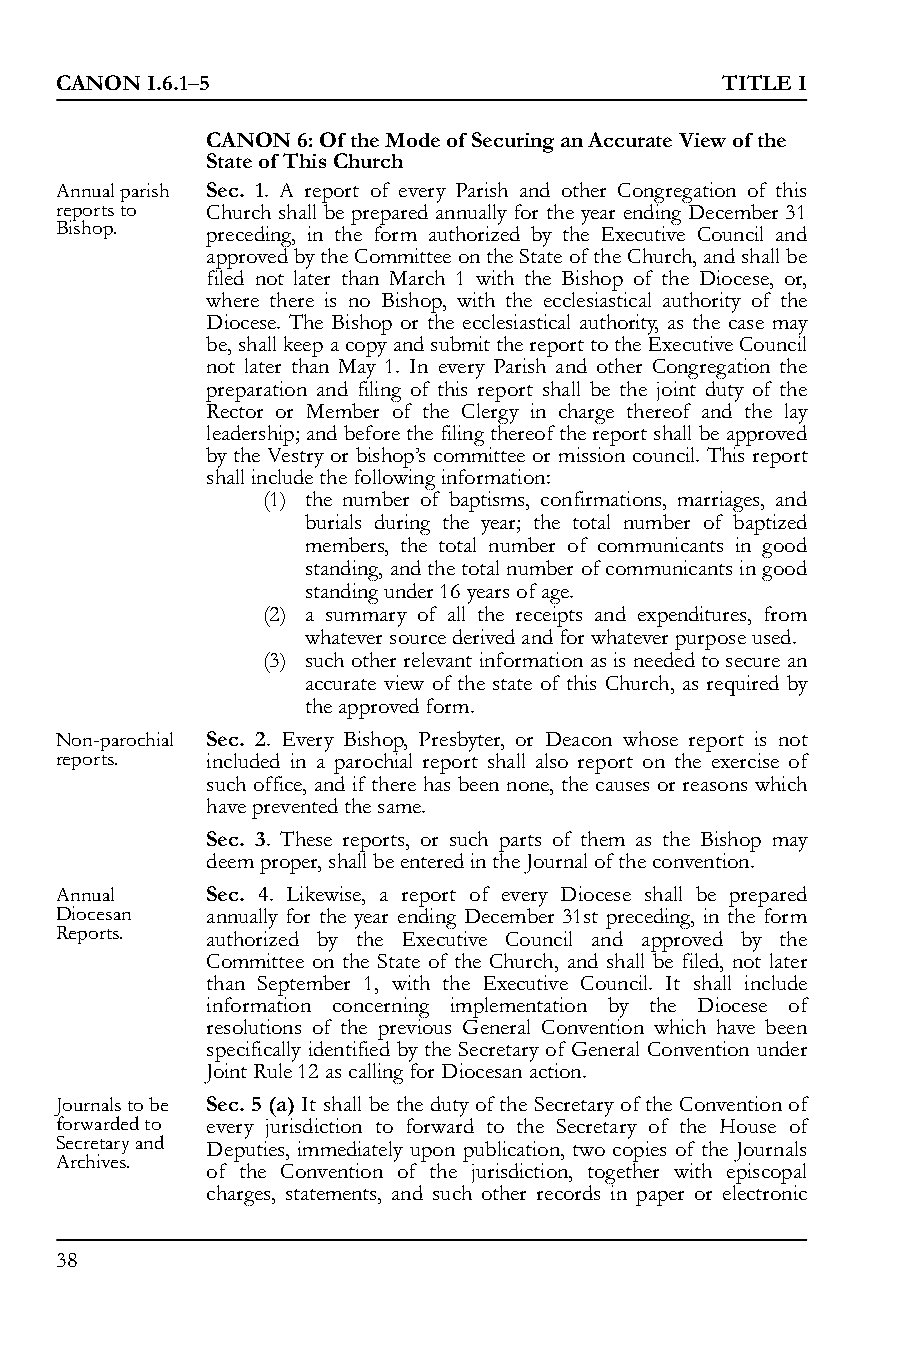
CANON I.6.1–5                               TITLE I
 CANON 6: Of the Mode of Securing an Accurate View of the
 State of This Church
 Annual parish Sec. 1. A report of every Parish and other Congregation of this
 reports to Church shall be prepared annually for the year ending December 31
 Bishop.   preceding, in the form authorized by the Executive Council and
 approved by the Committee on the State of the Church, and shall be
 filed not later than March 1 with the Bishop of the Diocese, or,
 where there is no Bishop, with the ecclesiastical authority of the
 Diocese. The Bishop or the ecclesiastical authority, as the case may
 be, shall keep a copy and submit the report to the Executive Council
 not later than May 1. In every Parish and other Congregation the
 preparation and filing of this report shall be the joint duty of the
 Rector or Member of the Clergy in charge thereof and the lay
 leadership; and before the filing thereof the report shall be approved
 by the Vestry or bishop’s committee or mission council. This report
 shall include the following information:
 (1) the number of baptisms, confirmations, marriages, and
 burials during the year; the total number of baptized
 members, the total number of communicants in good
 standing, and the total number of communicants in good
 standing under 16 years of age.
 (2) a summary of all the receipts and expenditures, from
 whatever source derived and for whatever purpose used.
 (3) such other relevant information as is needed to secure an
 accurate view of the state of this Church, as required by
 the approved form.
 Non-parochial Sec. 2. Every Bishop, Presbyter, or Deacon whose report is not
 reports.  included in a parochial report shall also report on the exercise of
 such office, and if there has been none, the causes or reasons which
 have prevented the same.
 Sec. 3. These reports, or such parts of them as the Bishop may
 deem proper, shall be entered in the Journal of the convention.
 Annual    Sec. 4. Likewise, a report of every Diocese shall be prepared
 Diocesan  annually for the year ending December 31st preceding, in the form
 Reports.  authorized by the Executive Council and approved by the
 Committee on the State of the Church, and shall be filed, not later
 than September 1, with the Executive Council. It shall include
 information concerning implementation by the Diocese of
 resolutions of the previous General Convention which have been
 specifically identified by the Secretary of General Convention under
 Joint Rule 12 as calling for Diocesan action.
 Journals to be Sec. 5 (a) It shall be the duty of the Secretary of the Convention of
 forwarded to every jurisdiction to forward to the Secretary of the House of
 Secretary and Deputies, immediately upon publication, two copies of the Journals
 Archives.
 of the Convention of the jurisdiction, together with episcopal
 charges, statements, and such other records in paper or electronic
 38